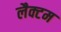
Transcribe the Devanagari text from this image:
लैक्टम